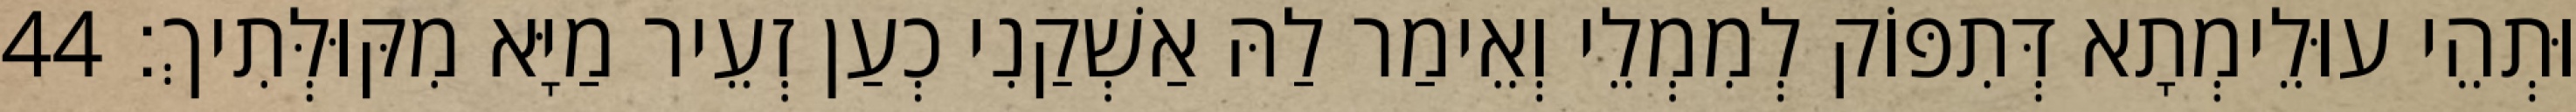
וּתְהֵי עוּלֵימְתָא דְּתִפּוֹק לְמִמְלֵי וְאֵימַר לַהּ אַשְׁקַנִי כְעַן זְעֵיר מַיָּא מִקּוּלְּתִיךְ׃ 44